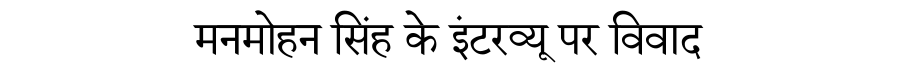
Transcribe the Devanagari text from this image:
मनमोहन सिंह के इंटरव्यू पर विवाद